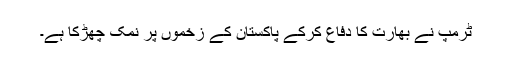
ٹرمپ نے بھارت کا دفاع کرکے پاکستان کے زخموں پر نمک چھڑکا ہے۔